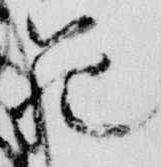
範